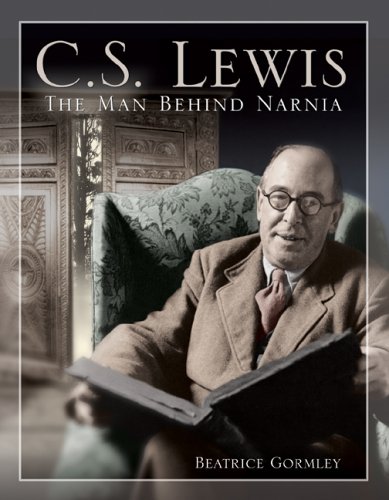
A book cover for C. S. Lewis: The Man Behind Narnia; Beatrice Gormley; Teen & Young Adult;